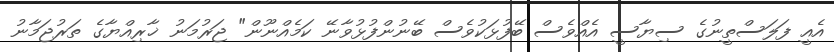
އެއީ ފަލަސްތީނުގެ ސިޔާސީ އެއްވެސް ބޭފުޅަކުވެސް ބޭނުންފުޅުވާނޭ ކަމެއްނޫން" ޖަރުމަނު ޚާރިއްޔާގެ ތަރުޖަމާނު